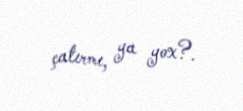
çatırmı, ya yox?.